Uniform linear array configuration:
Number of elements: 24
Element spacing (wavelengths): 1
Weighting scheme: binomial
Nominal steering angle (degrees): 15
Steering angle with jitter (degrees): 14.423
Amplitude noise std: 0.05
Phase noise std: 0.05

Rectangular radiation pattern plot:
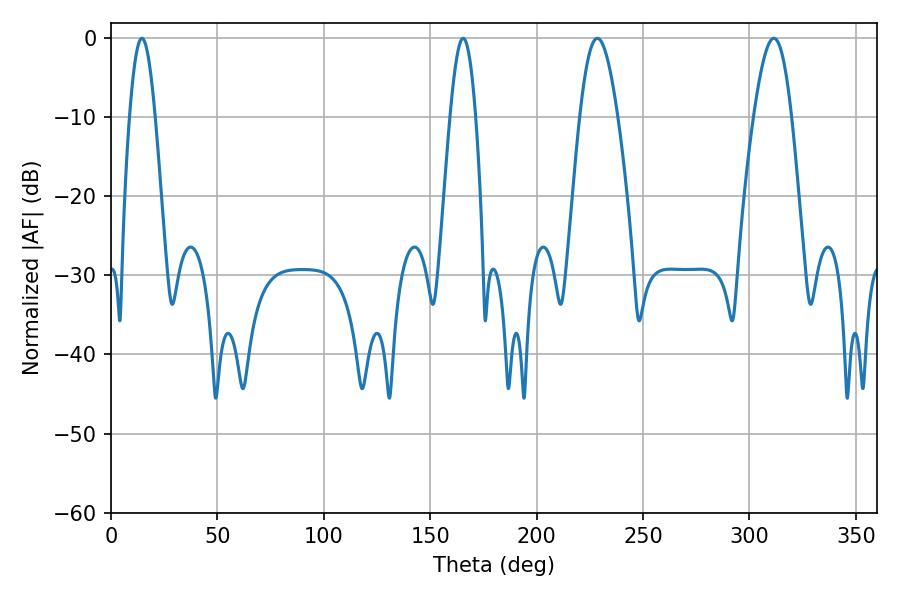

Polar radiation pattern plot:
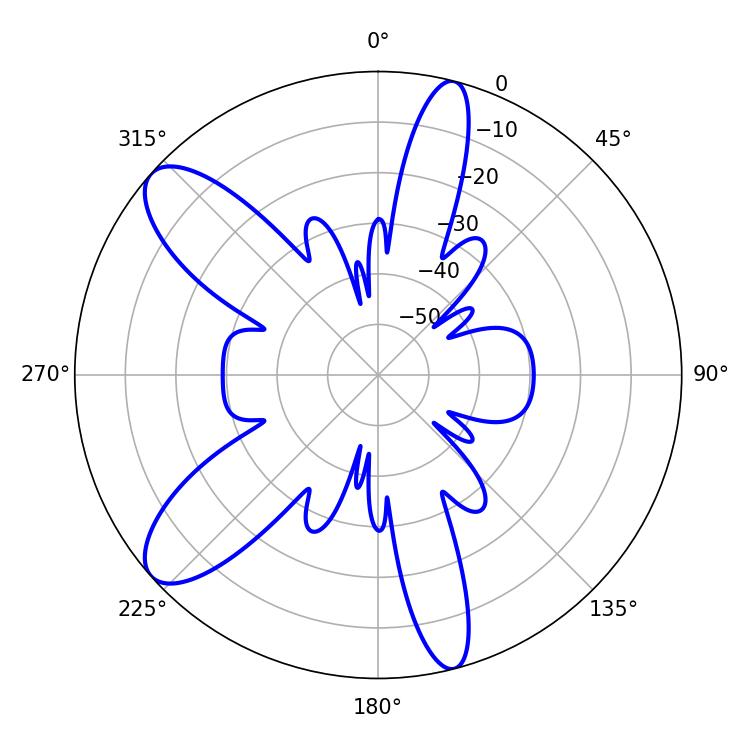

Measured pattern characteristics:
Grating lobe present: TRUE
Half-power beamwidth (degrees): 9.54
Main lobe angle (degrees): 228.6